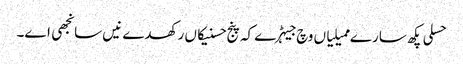
حسلی پکھ سارے ممیلیاں وچ جیہڑے کہ پنج حسنیکاں رکھدے نیں سانجھی اے۔